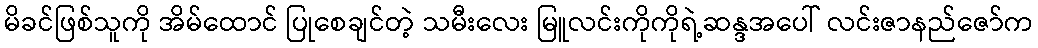
မိခင်ဖြစ်သူကို အိမ်ထောင် ပြုစေချင်တဲ့ သမီးလေး မြူလင်းကိုကိုရဲ့ဆန္ဒအပေါ် လင်းဇာနည်ဇော်က